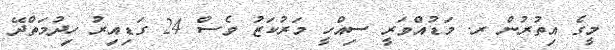
މީގެ އިތުރުން ރ. މަޑުއްވަރީ ސިއްހީ މަރުކަޒު ވެސް 24 ގަޑިއިރު ހިދުމަތްދޭ